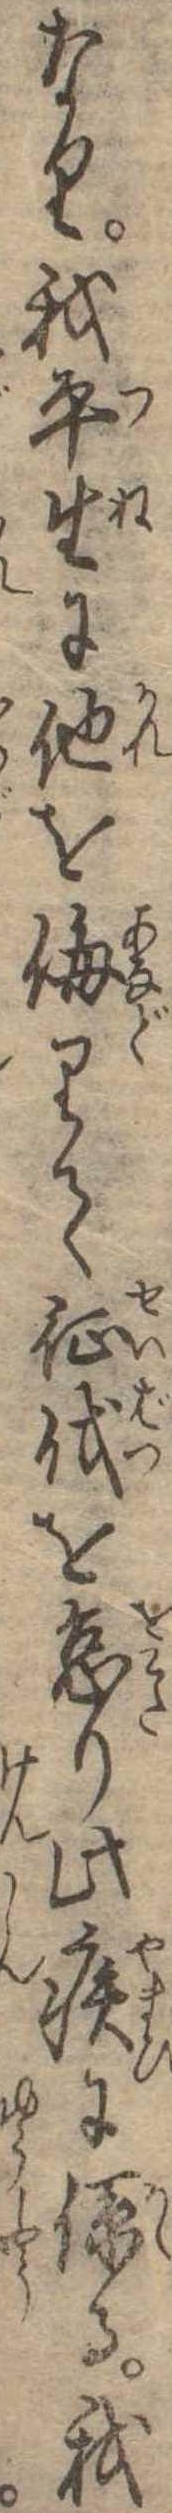
なり我平生に他を侮りて征伐を怠り此疾に係る我